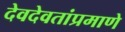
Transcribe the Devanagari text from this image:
देवदेवतांप्रमाणे